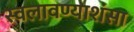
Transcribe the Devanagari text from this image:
स्वलावण्याशंसा